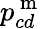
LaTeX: p_{cd}^{\mathrm{~m~}}